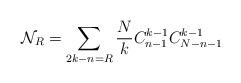
LaTeX: \begin{align*}\mathcal{N}_R=\sum_{2k-n=R} \frac{N}{k}C_{n-1}^{k-1}C_{N-n-1}^{k-1}\end{align*}